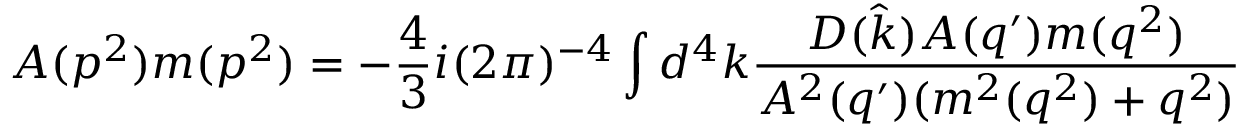
A ( p ^ { 2 } ) m ( p ^ { 2 } ) = - { \frac { 4 } { 3 } } i ( 2 \pi ) ^ { - 4 } \int d ^ { 4 } k { \frac { D ( { \hat { k } } ) A ( q ^ { \prime } ) m ( q ^ { 2 } ) } { A ^ { 2 } ( q ^ { \prime } ) ( m ^ { 2 } ( q ^ { 2 } ) + q ^ { 2 } ) } }